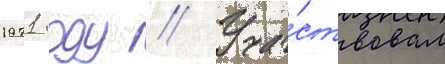
1971 году // Уча́ствовал